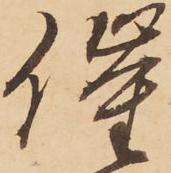
催